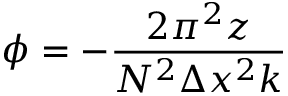
\phi = - \frac { 2 \pi ^ { 2 } z } { N ^ { 2 } \Delta x ^ { 2 } k }